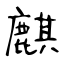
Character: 麒